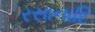
રસાનાદિ